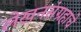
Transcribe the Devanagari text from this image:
लेखनसंग्रहाचे